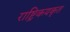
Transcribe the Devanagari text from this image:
राष्ट्रिकयकृत